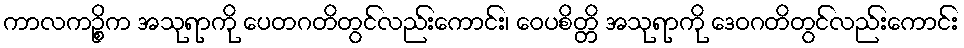
ကာလကဉ္စိက အသုရာကို ပေတဂတိတွင်လည်းကောင်း၊ ဝေပစိတ္တိ အသုရာကို ဒေဝဂတိတွင်လည်းကောင်း